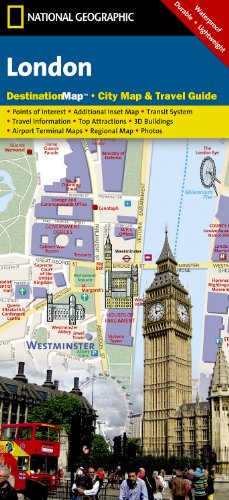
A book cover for London (National Geographic Destination City Map); National Geographic Maps; Travel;